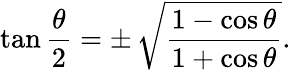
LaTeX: \tan{\frac{\theta}{2}}=\pm\, {\sqrt{\frac{1-\cos\theta}{1+\cos\theta}}}.